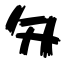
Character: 匁